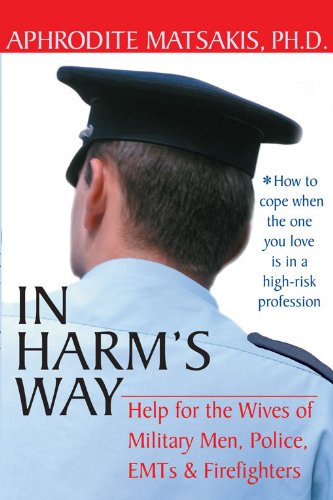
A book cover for In Harm's Way: Help for the Wives of Military Men, Police, EMTs, and Firefighters; Aphrodite T. Matsakis PhD; Parenting & Relationships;